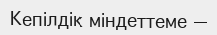
Кепілдік міндеттеме —